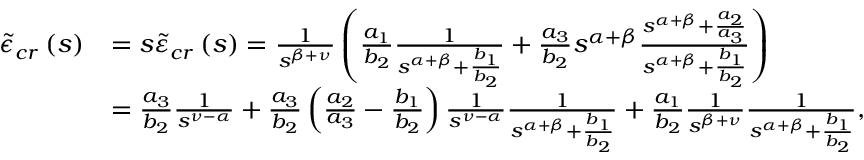
\begin{array} { r l } { \tilde { \epsilon } _ { c r } \left( s \right) } & { = s \tilde { \varepsilon } _ { c r } \left( s \right) = \frac { 1 } { s ^ { \beta + \nu } } \left( \frac { a _ { 1 } } { b _ { 2 } } \frac { 1 } { s ^ { \alpha + \beta } + \frac { b _ { 1 } } { b _ { 2 } } } + \frac { a _ { 3 } } { b _ { 2 } } s ^ { \alpha + \beta } \frac { s ^ { \alpha + \beta } + \frac { a _ { 2 } } { a _ { 3 } } } { s ^ { \alpha + \beta } + \frac { b _ { 1 } } { b _ { 2 } } } \right) } \\ & { = \frac { a _ { 3 } } { b _ { 2 } } \frac { 1 } { s ^ { \nu - \alpha } } + \frac { a _ { 3 } } { b _ { 2 } } \left( \frac { a _ { 2 } } { a _ { 3 } } - \frac { b _ { 1 } } { b _ { 2 } } \right) \frac { 1 } { s ^ { \nu - \alpha } } \frac { 1 } { s ^ { \alpha + \beta } + \frac { b _ { 1 } } { b _ { 2 } } } + \frac { a _ { 1 } } { b _ { 2 } } \frac { 1 } { s ^ { \beta + \nu } } \frac { 1 } { s ^ { \alpha + \beta } + \frac { b _ { 1 } } { b _ { 2 } } } , } \end{array}